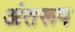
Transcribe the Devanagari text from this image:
अंतरूप